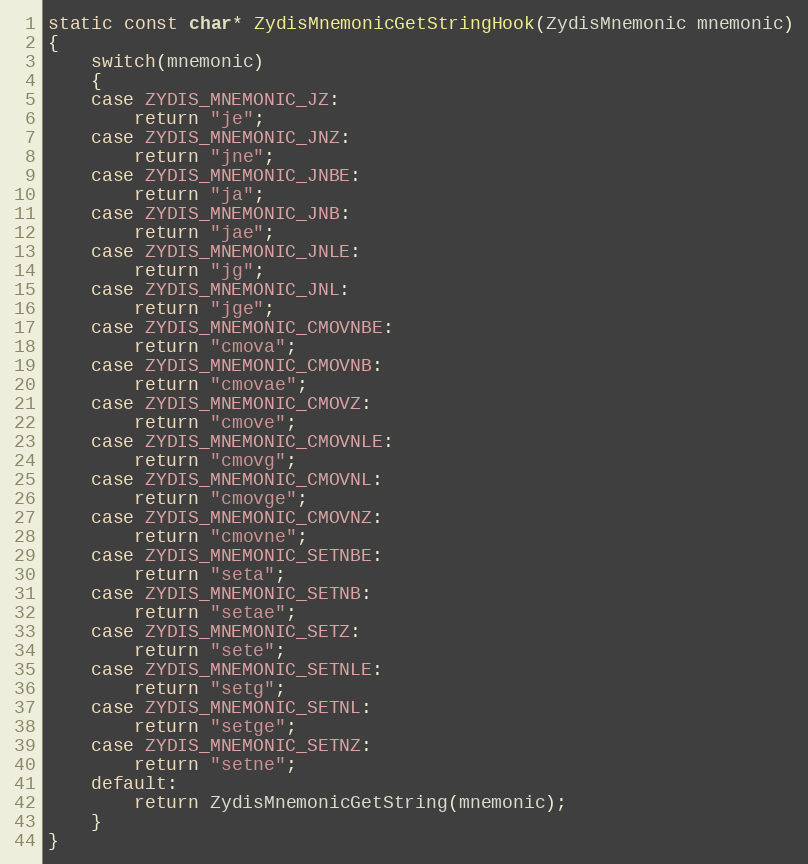
Language: C++
static const char* ZydisMnemonicGetStringHook(ZydisMnemonic mnemonic)
{
    switch(mnemonic)
    {
    case ZYDIS_MNEMONIC_JZ:
        return "je";
    case ZYDIS_MNEMONIC_JNZ:
        return "jne";
    case ZYDIS_MNEMONIC_JNBE:
        return "ja";
    case ZYDIS_MNEMONIC_JNB:
        return "jae";
    case ZYDIS_MNEMONIC_JNLE:
        return "jg";
    case ZYDIS_MNEMONIC_JNL:
        return "jge";
    case ZYDIS_MNEMONIC_CMOVNBE:
        return "cmova";
    case ZYDIS_MNEMONIC_CMOVNB:
        return "cmovae";
    case ZYDIS_MNEMONIC_CMOVZ:
        return "cmove";
    case ZYDIS_MNEMONIC_CMOVNLE:
        return "cmovg";
    case ZYDIS_MNEMONIC_CMOVNL:
        return "cmovge";
    case ZYDIS_MNEMONIC_CMOVNZ:
        return "cmovne";
    case ZYDIS_MNEMONIC_SETNBE:
        return "seta";
    case ZYDIS_MNEMONIC_SETNB:
        return "setae";
    case ZYDIS_MNEMONIC_SETZ:
        return "sete";
    case ZYDIS_MNEMONIC_SETNLE:
        return "setg";
    case ZYDIS_MNEMONIC_SETNL:
        return "setge";
    case ZYDIS_MNEMONIC_SETNZ:
        return "setne";
    default:
        return ZydisMnemonicGetString(mnemonic);
    }
}